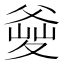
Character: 𤕘